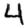
Digit: 4